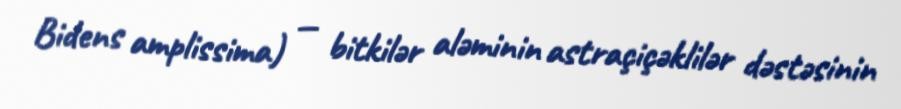
Bidens amplissima) — bitkilər aləminin astraçiçəklilər dəstəsinin